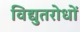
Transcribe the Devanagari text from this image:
विद्युतरोधों